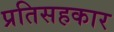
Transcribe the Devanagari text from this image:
प्रतिसहकार